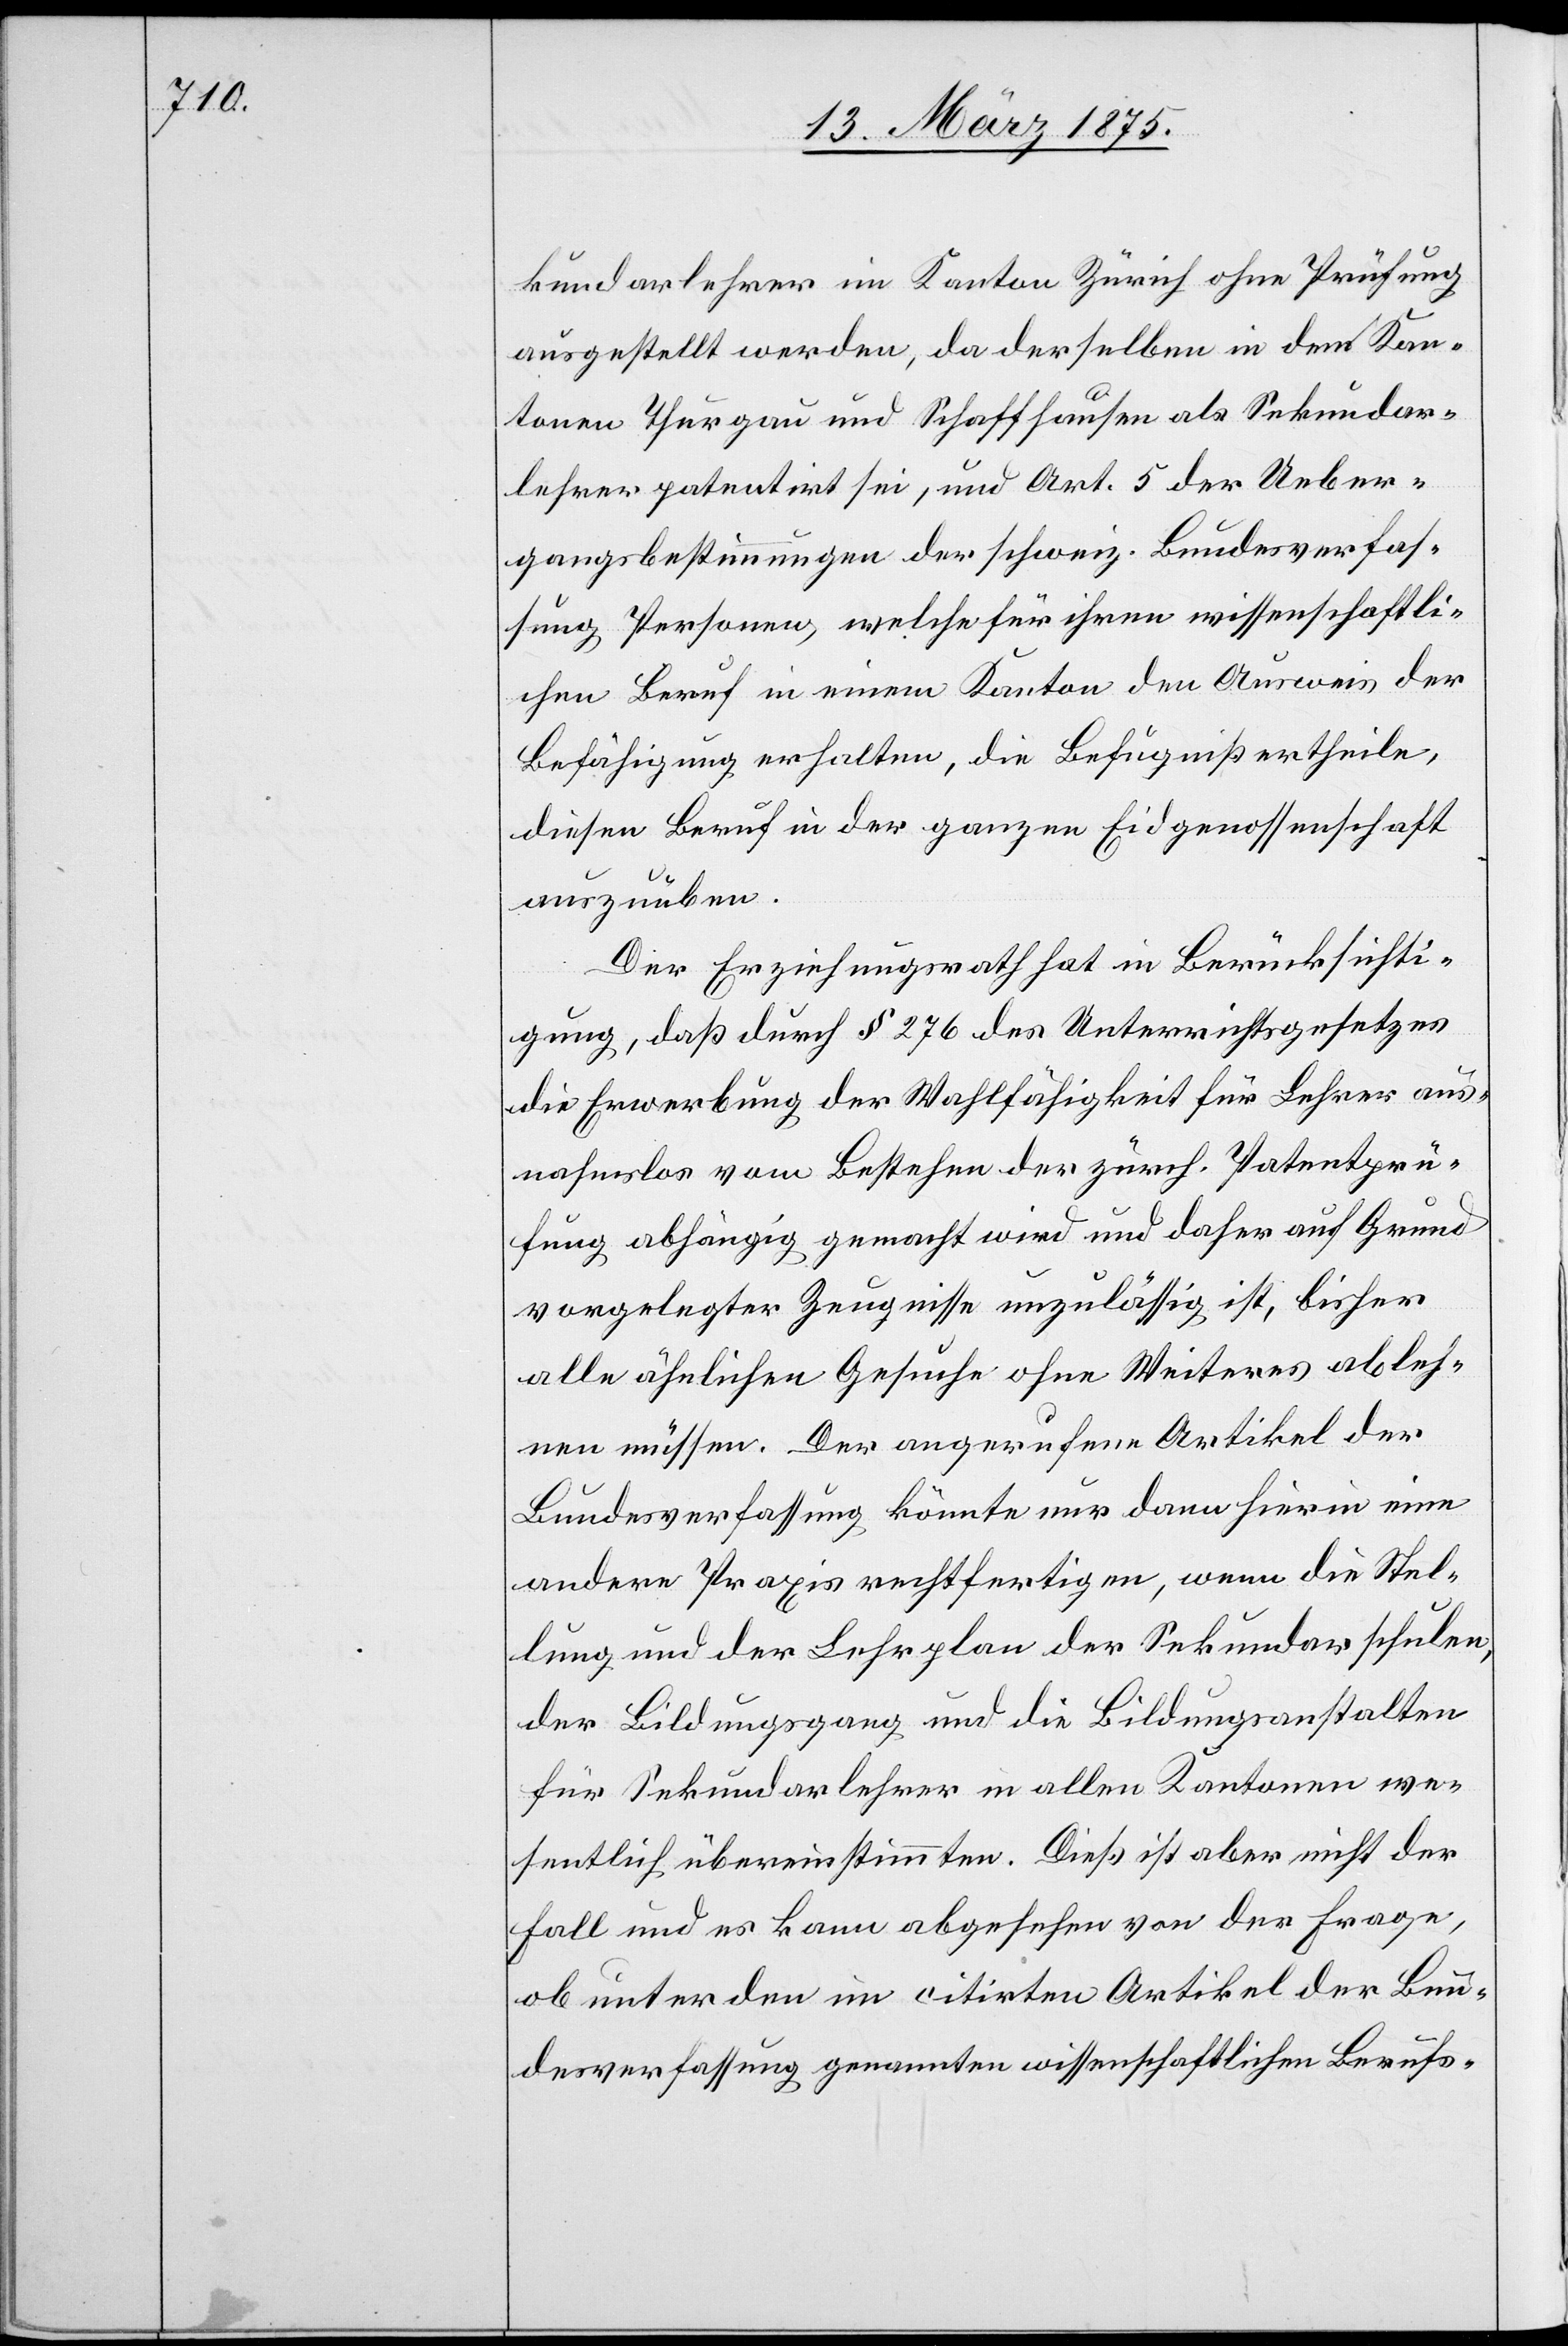
kundarlehrer im Kanton Zürich ohne Prüfung
ausgestellt werden, da derselben in den Kan¬
tonen Thurgau und Schaffhausen als Sekundar¬
lehrer patentirt sei, und Art. 5 der Ueber¬
gangsbestimmungen der schweiz. Bundesverfas¬
sung Personen welche für ihren wissenschaftl¬
ichen Beruf in der ganzen Eidgenossenschaft
auszuüben.
Der Erziehungsrath hat in Berücksichti¬
gung, daß durch § 276 des Unterrichtsgesetzes
die Erwerbung der Wahlfähigkeit für Lehrer aus¬
nahmslos vom Bestehen der zürch. Patentprü¬
fung abhängig gemacht wird und daher auf Grund
vorgelegter Zeugnisse unzulässig ist, bisher
alle ähnlichen Gesuche ohne Weiteres ableh¬
nen müssen. Der angerufene Artikel der
Bundesverfassung könnte nur dann hierin eine
andere Praxis rechtfertigen, wenn die Stel¬
lung und der Lehrplan der Sekundarschulen,
der Bildungsgang und die Bildungsanstalten
für Sekundarlehrer in allen Kantonen we¬
sentlich übereinstimmten. Dieß ist aber nicht der
Fall und es kann abgesehen von der Frage,
ob unter den im citirten Artikel der Bun¬
desverfassung genannten wissenschaftlichen Berufs-